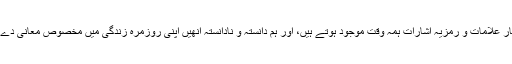
اسی طرح ہمارے اردگرد بےشمار علامات و رمزیہ اشارات ہمہ وقت موجود ہوتے ہیں، اور ہم دانستہ و نادانستہ انھیں اپنی روزمرہ زندگی میں مخصوص معانی دے کر مسلسل برت رہے ہوتے ہیں۔